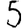
Digit: 5